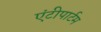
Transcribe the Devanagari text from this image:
एंटीपार्टम